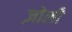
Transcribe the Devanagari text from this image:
ज़ोली